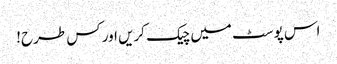
اس پوسٹ میں چیک کریں اور کس طرح!